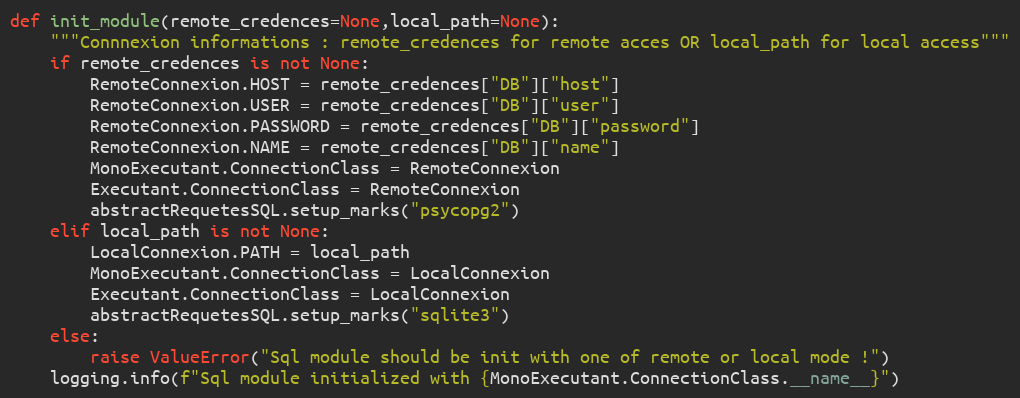
Language: Python
def init_module(remote_credences=None,local_path=None):
    """Connnexion informations : remote_credences for remote acces OR local_path for local access"""
    if remote_credences is not None:
        RemoteConnexion.HOST = remote_credences["DB"]["host"]
        RemoteConnexion.USER = remote_credences["DB"]["user"]
        RemoteConnexion.PASSWORD = remote_credences["DB"]["password"]
        RemoteConnexion.NAME = remote_credences["DB"]["name"]
        MonoExecutant.ConnectionClass = RemoteConnexion
        Executant.ConnectionClass = RemoteConnexion
        abstractRequetesSQL.setup_marks("psycopg2")
    elif local_path is not None:
        LocalConnexion.PATH = local_path
        MonoExecutant.ConnectionClass = LocalConnexion
        Executant.ConnectionClass = LocalConnexion
        abstractRequetesSQL.setup_marks("sqlite3")
    else:
        raise ValueError("Sql module should be init with one of remote or local mode !")
    logging.info(f"Sql module initialized with {MonoExecutant.ConnectionClass.__name__}")